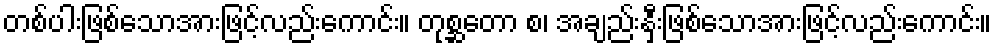
တစ်ပါးဖြစ်သောအားဖြင့်လည်းကောင်း။ တုစ္ဆတော စ၊ အချည်းနှီးဖြစ်သောအားဖြင့်လည်းကောင်း။